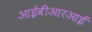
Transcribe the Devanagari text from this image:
आईवीआरआई